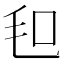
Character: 𣬣